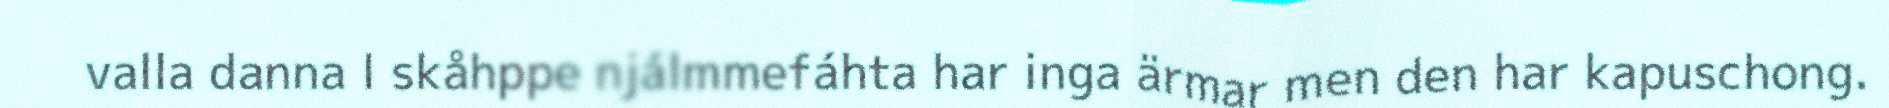
valla danna l skåhppe njálmmefáhta har inga ärmar men den har kapuschong.